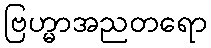
ဗြဟ္မာအညတရော